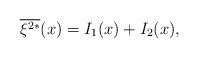
LaTeX: \begin{align*}\overline{ \xi^{2*}}(x) =I_1(x) +I_2(x),\end{align*}